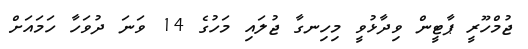
ޖުމްހޫރީ ޕާޓީން ވިދާޅުވީ މިހިނގާ ޖުލައި މަހުގެ 14 ވަނަ ދުވަހާ ހަމައަށް